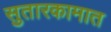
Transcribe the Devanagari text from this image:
सुतारकामात